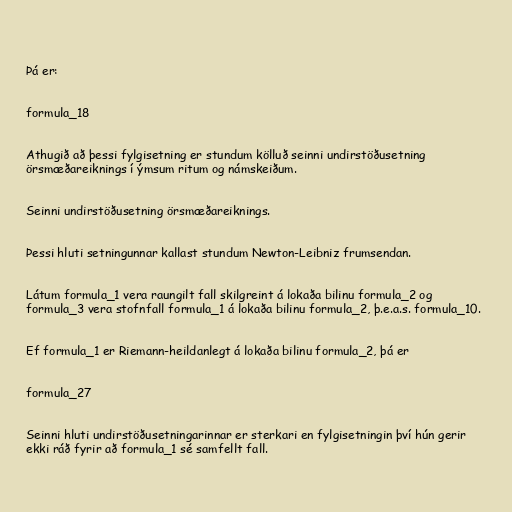
Þá er:

formula_18

Athugið að þessi fylgisetning er stundum kölluð seinni undirstöðusetning
örsmæðareiknings í ýmsum ritum og námskeiðum.

Seinni undirstöðusetning örsmæðareiknings.

Þessi hluti setningunnar kallast stundum Newton-Leibniz frumsendan.

Látum formula_1 vera raungilt fall skilgreint á lokaða bilinu formula_2 og
formula_3 vera stofnfall formula_1 á lokaða bilinu formula_2, þ.e.a.s. formula_10.

Ef formula_1 er Riemann-heildanlegt á lokaða bilinu formula_2, þá er

formula_27

Seinni hluti undirstöðusetningarinnar er sterkari en fylgisetningin því hún gerir
ekki ráð fyrir að formula_1 sé samfellt fall.